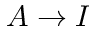
A \to I